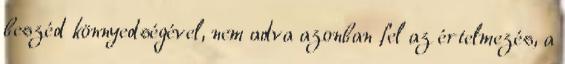
beszéd könnyedségével, nem adva azonban fel az értelmezés, a